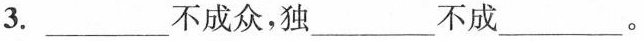
3.___不成众，独___不成___。